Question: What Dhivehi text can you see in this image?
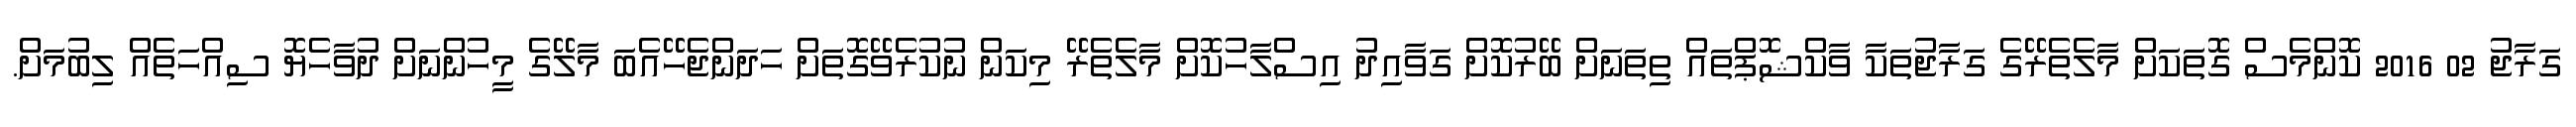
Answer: ގަރާޖު 02 2016 ކޮންމެސް ގޮތަކަށް މާލެތެރޭގެ ގަރާޖުތަކާ ވާކްޝޮޕްތައް ތިތަނަށް ބޭރުކޮށް ގަވާއިދު އިސްލާހުކޮށް މާލެތެރޭ މިކަން ނުކުރެވޭގޮތަށް ހަދަންޖެހޭއެބަ މާލޭގެ މީހުންނަށް ދުވާހެޔޮ ސިއްހަތެއް ލިބުމަށް.